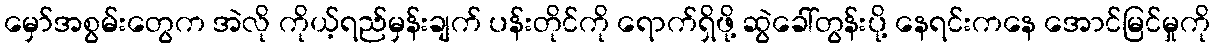
မှော်အစွမ်းတွေက အဲလို ကိုယ့်ရည်မှန်းချက် ပန်းတိုင်ကို ရောက်ရှိဖို့ ဆွဲခေါ်တွန်းပို့ နေရင်းကနေ အောင်မြင်မှုကို